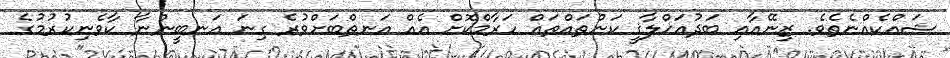
ޝައްކެއްނެތެވެ. ޒިނޭއާއި ބަދުއަޚްލާޤީ ކަންތައްތައް ހަރާމްކޮށް އެއް އަނތްބަށްވުރެ ގިނަ އަނބީންނާ ކާވެނިކުރުމުގެ